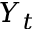
Y _ { t }